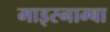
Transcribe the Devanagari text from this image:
माइस्नाम्बा